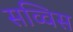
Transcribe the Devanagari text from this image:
सव्विस